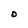
Character: O